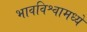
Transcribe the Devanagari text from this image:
भावविश्वामध्ये